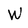
Character: W